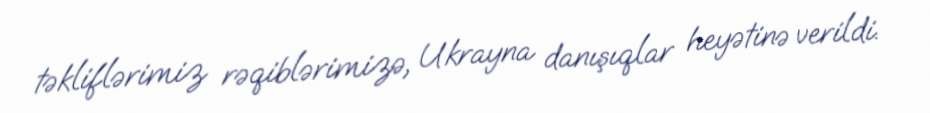
təkliflərimiz rəqiblərimizə, Ukrayna danışıqlar heyətinə verildi.